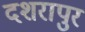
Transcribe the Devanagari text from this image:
दशरापुर